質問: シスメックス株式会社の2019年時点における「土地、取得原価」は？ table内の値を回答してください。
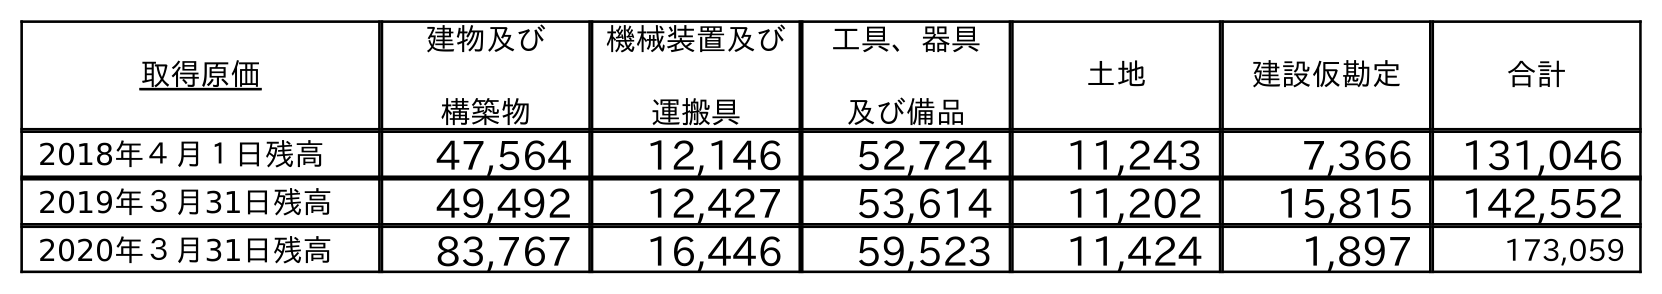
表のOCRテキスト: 取得原価 建物及び 構築物 機械装置及び 運搬具 工具、器具 及び備品 土地 建設仮勘定 合計 2018年４月１日残高 47,564 12,146 52,724 11,243 7,366 131,046 2019年３月31日残高 49,492 12,427 53,614 11,202 15,815 142,552 2020年３月31日残高 83,767 16,446 59,523 11,424 1,897 173,059
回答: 11,202